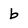
Character: b